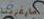
مارغريتا